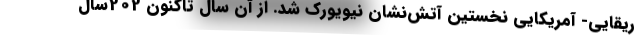
ریقایی- آمریکایی نخستین آتش‌نشان نیویورک شد. از آن سال تا‌کنون 202سال